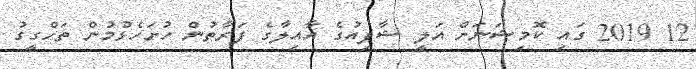
12 2019 ގައި ކޮމިޝަނަށް އަލީ ޝާފިއުގެ އާއިލާގެ ފަރާތުން ހުށަހެޅުމުން ތަހްގީގު